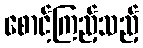
စောင့်ကြည့်သည့်